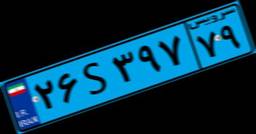
۲۶S۳۹۷۷۹